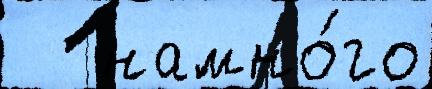
   намно́го